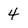
Character: 4